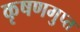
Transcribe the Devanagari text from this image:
कृषणगुप्त